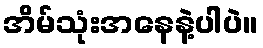
အိမ်သုံးအနေနဲ့ပါပဲ။